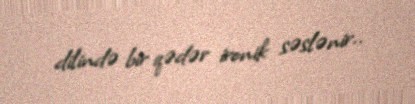
dilində bir qədər ironik səslənir..